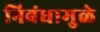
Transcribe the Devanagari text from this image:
निबंधामुळे